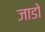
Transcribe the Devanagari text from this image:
जाडो